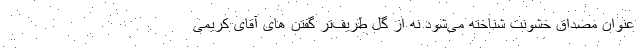
عنوان مصداق خشونت شناخته می‌شود نه از گل طریف‌تر گفتن های آقای کریمی